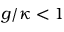
g / \kappa < 1